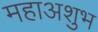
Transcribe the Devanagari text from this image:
महाअशुभ